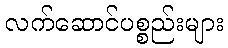
လက်ဆောင်ပစ္စည်းများ